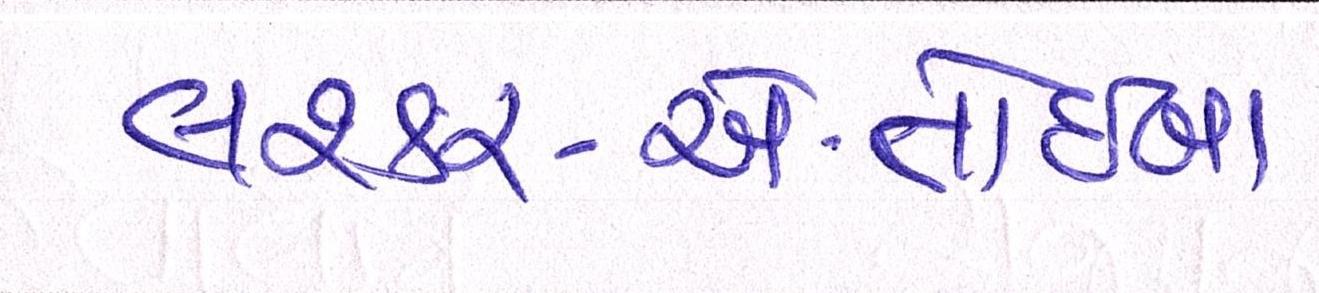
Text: લશ્કર-એ-તોઈબા